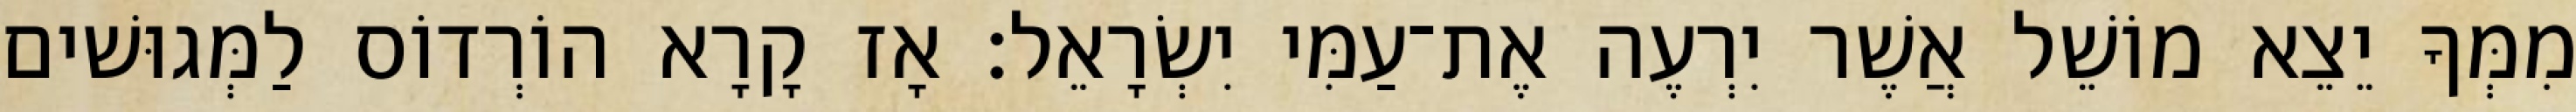
מִמְּךָ יֵצֵא מוֹשֵׁל אֲשֶׁר יִרְעֶה אֶת־עַמִּי יִשְׂרָאֵל׃ אָז קָרָא הוֹרְדוֹס לַמְּגוּשׁים